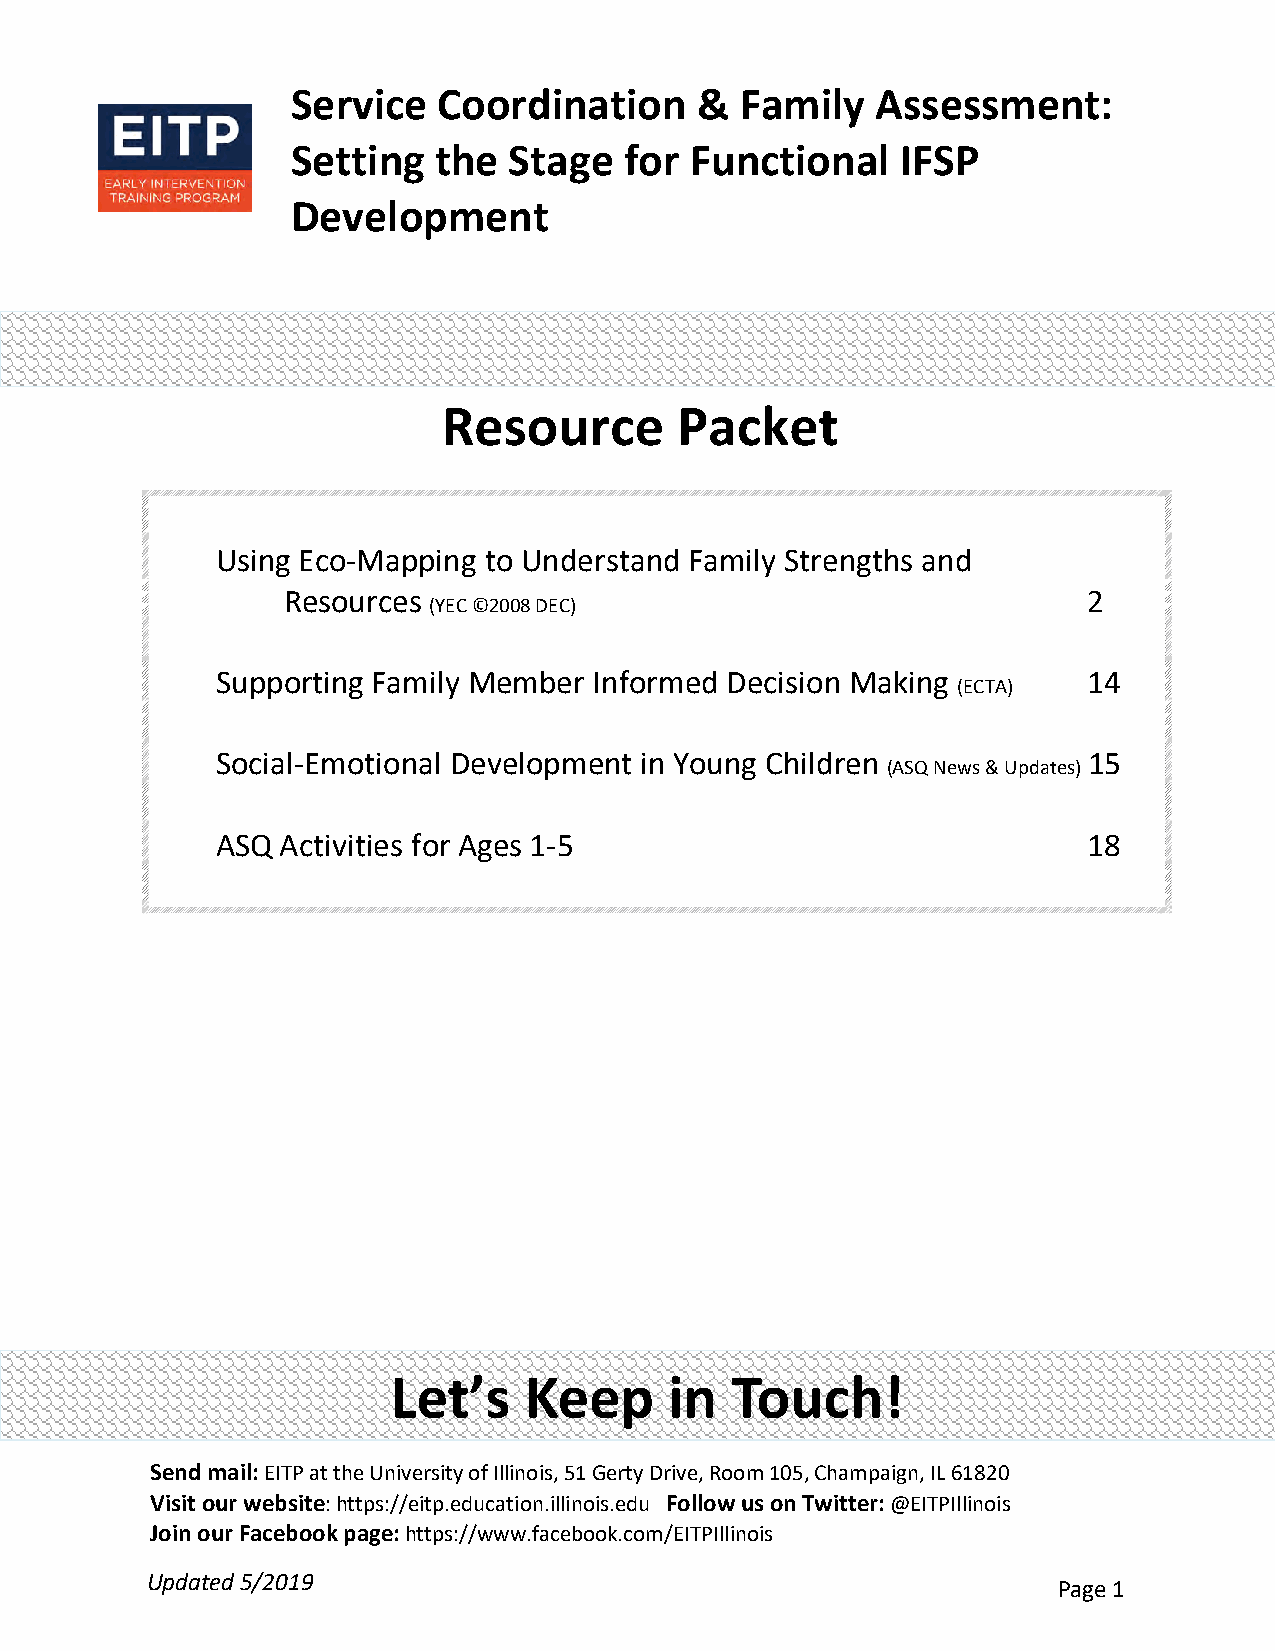
Service   Coordination     &  Family   Assessment:
 Setting   the  Stage  for  Functional    IFSP
 Development
 Resource        Packet
 Using Eco-Mapping to Understand Family Strengths and
 Resources                                            2
 (YEC ©2008 DEC)
 Supporting Family Member Informed Decision Making         14
 (ECTA)
 Social-Emotional Development in Young Children            15
 (ASQ News & Updates)
 ASQ  Activities for Ages 1-5                              18
 Let’s    Keep     in  Touch!
 Send mail: EITP at the University of Illinois, 51 Gerty Drive, Room 105, Champaign, IL 61820
 Visit our website: https://eitp.education.illinois.edu Follow us on Twitter: @EITPIllinois
 Join our Facebook page: https://www.facebook.com/EITPIllinois
 Updated 5/2019
 Page 1